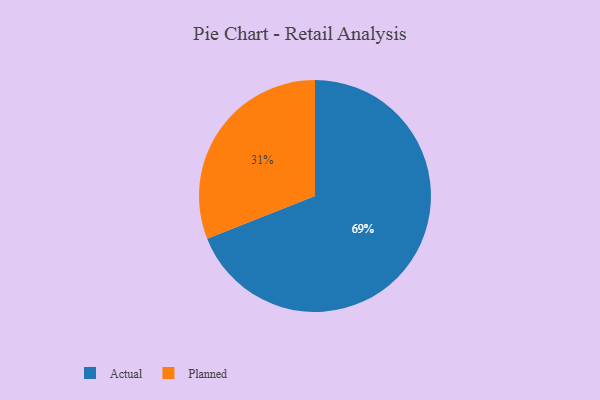
{"axis": {"x": "Category", "y": "Percentage"}, "legend": ["Actual", "Planned"], "data": [{"x": "Planned", "y": 31, "type": "Planned"}, {"x": "Actual", "y": 69, "type": "Actual"}]}